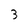
Character: 3